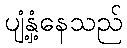
ပျံ့နှံ့နေသည်